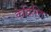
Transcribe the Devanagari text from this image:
केद्रिस्ति